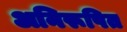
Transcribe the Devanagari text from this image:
अनिरूपित